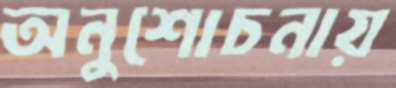
অনুশোচনায়